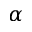
\alpha